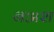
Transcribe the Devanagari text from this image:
नअश